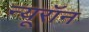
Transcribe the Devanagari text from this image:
न्‍यूरॉन